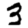
Digit: 3